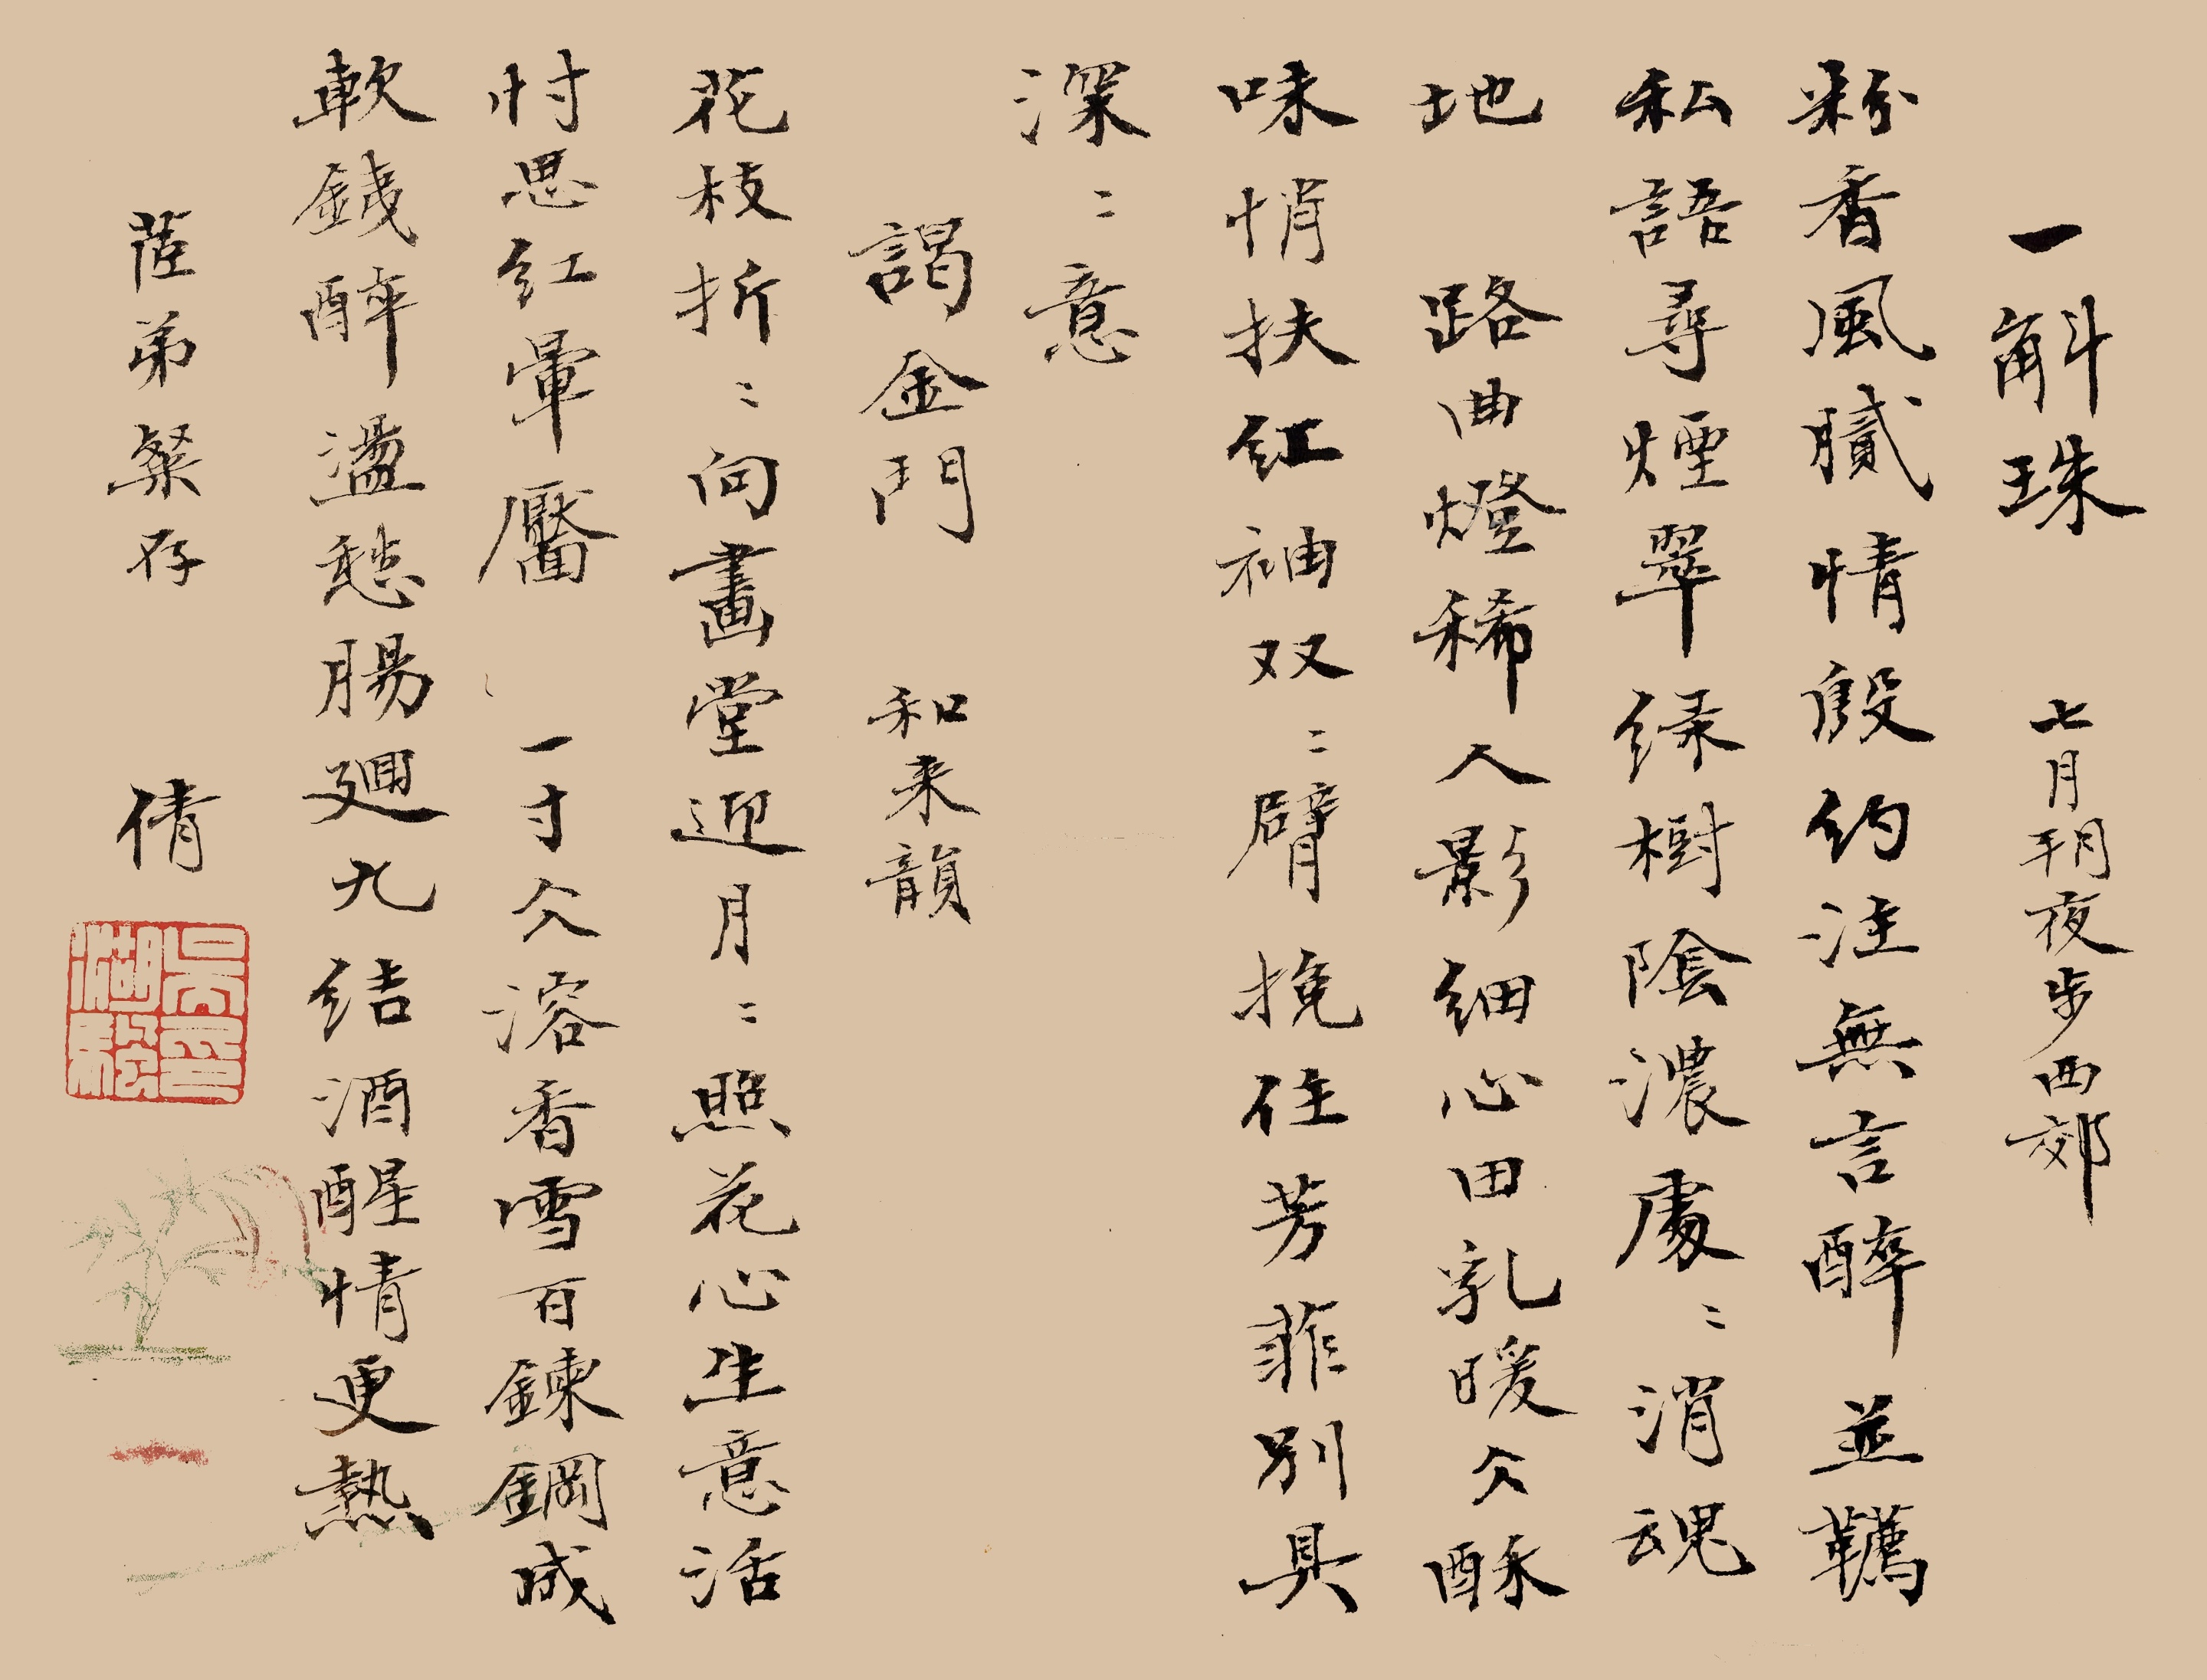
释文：一斛珠，七月朔夜步西郊。粉香风腻。情殷约注无言醉。并鞯私语寻烟翠。绿树阴浓，处处消魂地。路曲灯稀人影细。心田乳暖冰酥味。悄扶红袖双双臂。挽住芳菲，别具深深意。谒金门，和来韵。花枝折。折向画堂迎月。月照花心生意活。忖思红晕靥。一寸冰溶香雪。百炼钢成软铁。醉荡愁肠回九结。酒醒情更热。茝弟粲存，倩。